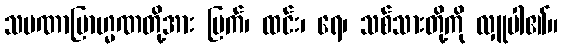
သမဏာဗြာဟ္မဏတို့အား မြက်၊ ထင်း၊ ရေ၊ သစ်သားတို့ကို လှူပါ၏။